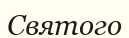
Святого